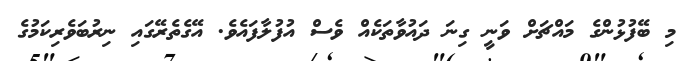
މި ބޭފުޅުންގެ މައްޗަށް ވަނީ ގިނަ ދައުވާތަކެއް ވެސް އުފުލާފައެވެ. އޭގެތެރޭގައި ނިރުބަވެރިކަމުގެ